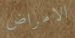
الامراض